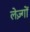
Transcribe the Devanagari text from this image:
लेज़्गों